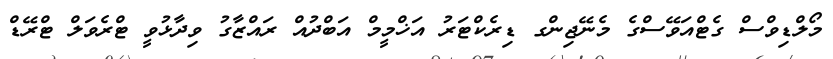
މޯލްޑިވްސް ގެޓްއަވޭސްގެ މެނޭޖިންގ ޑިރެކްޓަރު އަޚްމީމް އަބްދުއް ރައްޒާގު ވިދާޅުވީ ޓްރެވަލް ޓްރޭޑް